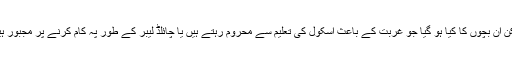
لیکن ان بچوں کا کیا ہو گیا جو غربت کے باعث اسکول کی تعلیم سے محروم رہتے ہیں یا چائلڈ لیبر کے طور پہ کام کرنے پر مجبور ہیں۔